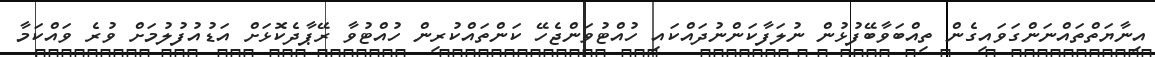
އިނާޔަތްތައްނަންގަވައިގެން ތިއްބަވާބޭފުޅުން ނުލަފާކަންނުދައްކައި ހުއްޓުވަންޖެހޭ ކަންތައްކުރިން ހުއްޓުވާ ރޭޕާދެކޮޅަށް އަޑުއުފުލުމަށް ވުރެ ވައްކަމާ